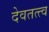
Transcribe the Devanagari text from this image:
देवतत्त्व